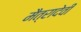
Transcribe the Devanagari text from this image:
मैत्रादेवी